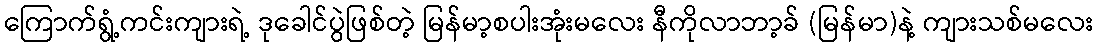
ကြောက်ရွံ့ကင်းကျားရဲ့ ဒုခေါင်ပွဲဖြစ်တဲ့ မြန်မာ့စပါးအုံးမလေး နီကိုလာဘာ့ခ် (မြန်မာ)နဲ့ ကျားသစ်မလေး